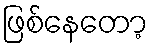
ဖြစ်နေတော့